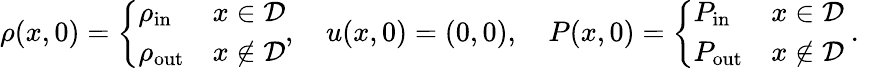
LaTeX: \begin{array}{r}{\rho(x,0)=\left\{ \begin{array}{ll}{\rho_{\mathrm{in}}}&{x\in\mathcal{D}}\\ {\rho_{\mathrm{out}}}&{x\notin\mathcal{D}}\end{array}\right.,\quad u(x,0)=(0,0),\quad P(x,0)=\left\{ \begin{array}{ll}{P_{\mathrm{in}}}&{x\in\mathcal{D}}\\ {P_{\mathrm{out}}}&{x\notin\mathcal{D}}\end{array}\right.\mathrm{~.~}}\end{array}